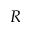
R